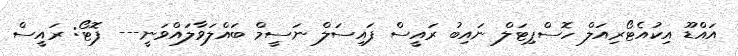
އައްޑޫ އިކުއެޓޯރިއަލް ހޮސްޕިޓަލް ނައިބު ރައީސް ފައިސަލް ނަސީމް ބައްލަވާލައްވަނީ--- ފޮޓޯ: ރައީސް